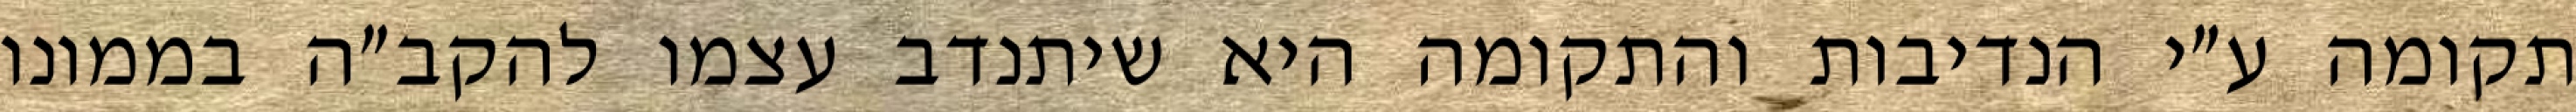
תקומה ע״י הנדיבות והתקומה היא שיתנדב עצמו להקב״ה בממונו